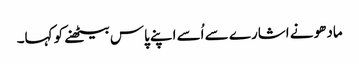
مادھو نے اشارے سے اُسے اپنے پاس بیٹھنے کو کہا۔